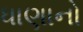
ધાણાનો